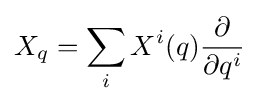
X_{q}=\sum _{i}X^{i}(q){\frac {\partial }{\partial q^{i}}}